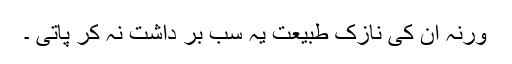
ورنہ ان کی نازک طبیعت یہ سب بر داشت نہ کر پاتی ۔